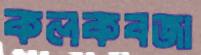
কলকবজা